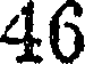
46